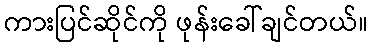
ကားပြင်ဆိုင်ကို ဖုန်းခေါ်ချင်တယ်။